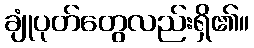
ချုံပုတ်တွေလည်းရှိ၏။